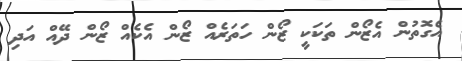
އެގޮތުން އެޒޯން ތަކަކީ ޒޯން ހަތަރެއް ޒޯން އެކެއް ޒޯން ދޭއް އަދި